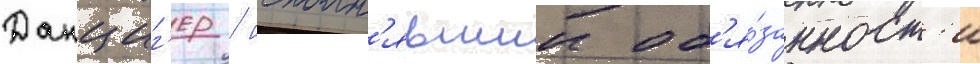
Данциг'ер / исполн'явшии об'я́занност'и